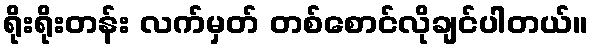
ရိုးရိုးတန်း လက်မှတ် တစ်စောင်လိုချင်ပါတယ်။